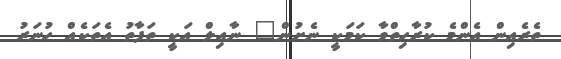
ތެރެއިން އެންމެ ކުރާހިތްވާ ކަމަކީ ނެށުން" ނާއިލް އަކީ ތަފާތު އެތަކެއް ހުނަރު